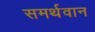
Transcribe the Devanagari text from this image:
समर्थवान